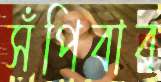
সঁপিবার